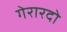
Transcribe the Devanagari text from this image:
गेरारदो